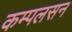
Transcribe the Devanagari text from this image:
कम्पलसन